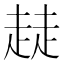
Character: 𧼂